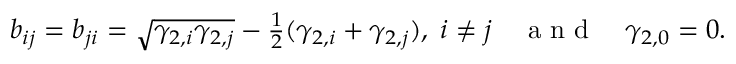
\begin{array} { r } { b _ { i j } = b _ { j i } = \sqrt { \gamma _ { 2 , i } \gamma _ { 2 , j } } - \frac { 1 } { 2 } ( \gamma _ { 2 , i } + \gamma _ { 2 , j } ) , \; i \neq j \quad \mathrm { ~ a ~ n ~ d ~ } \quad \gamma _ { 2 , 0 } = 0 . } \end{array}